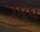
મિધ